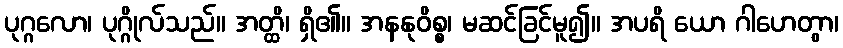
ပုဂ္ဂလော၊ ပုဂ္ဂိုလ်သည်။ အတ္ထိ၊ ရှိ၏။ အနနုဝိစ္စ၊ မဆင်ခြင်မူ၍။ အပရိ ယော ဂါဟေတွာ၊